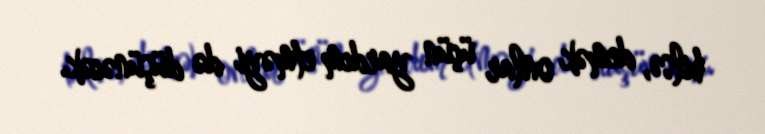
bilsə, demək onlar üçün yardım etməyi də düşünəcək.